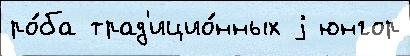
ро́ба трад'ицио́нных j юнгор